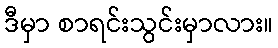
ဒီမှာ စာရင်းသွင်းမှာလား။